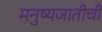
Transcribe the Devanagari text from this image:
मनुष्यजातीची